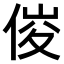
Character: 𠊂